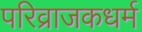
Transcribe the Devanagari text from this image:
परिव्राजकधर्म